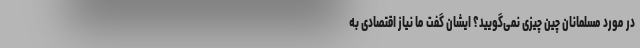
در مورد مسلمانان چین چیزی نمی‌گویید؟ ایشان گفت ما نیاز اقتصادی به